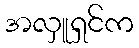
အလှူရှင်က